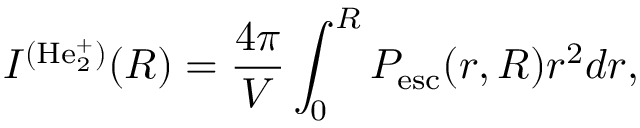
I ^ { ( \mathrm { H e _ { 2 } ^ { + } } ) } ( R ) = \frac { 4 \pi } { V } \int _ { 0 } ^ { R } P _ { \mathrm { e s c } } ( r , R ) r ^ { 2 } d r ,